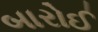
બારોઈ